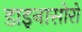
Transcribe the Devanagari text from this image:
डाइनासोरों